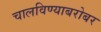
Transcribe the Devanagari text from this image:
चालविण्याबरोबर